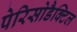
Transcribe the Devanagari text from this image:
पेरिसोडैक्टिल